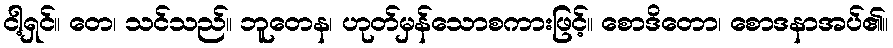
ငါ့ရှင်။ တေ၊ သင်သည်။ ဘူတေန၊ ဟုတ်မှန်သောစကားဖြင့်။ စောဒိတော၊ စောဒနာအပ်၏။